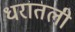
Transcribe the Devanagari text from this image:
धरातली